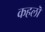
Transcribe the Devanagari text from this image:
कहलॊ